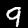
Digit: 9